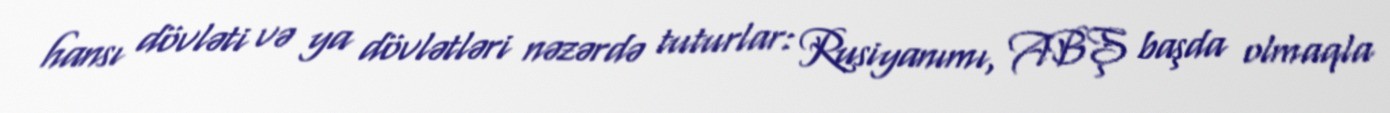
hansı dövləti və ya dövlətləri nəzərdə tuturlar: Rusiyanımı, ABŞ başda olmaqla